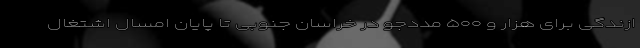
ازندگی برای هزار و ۵۰۰ مددجو در خراسان جنوبی تا پایان امسال اشتغال